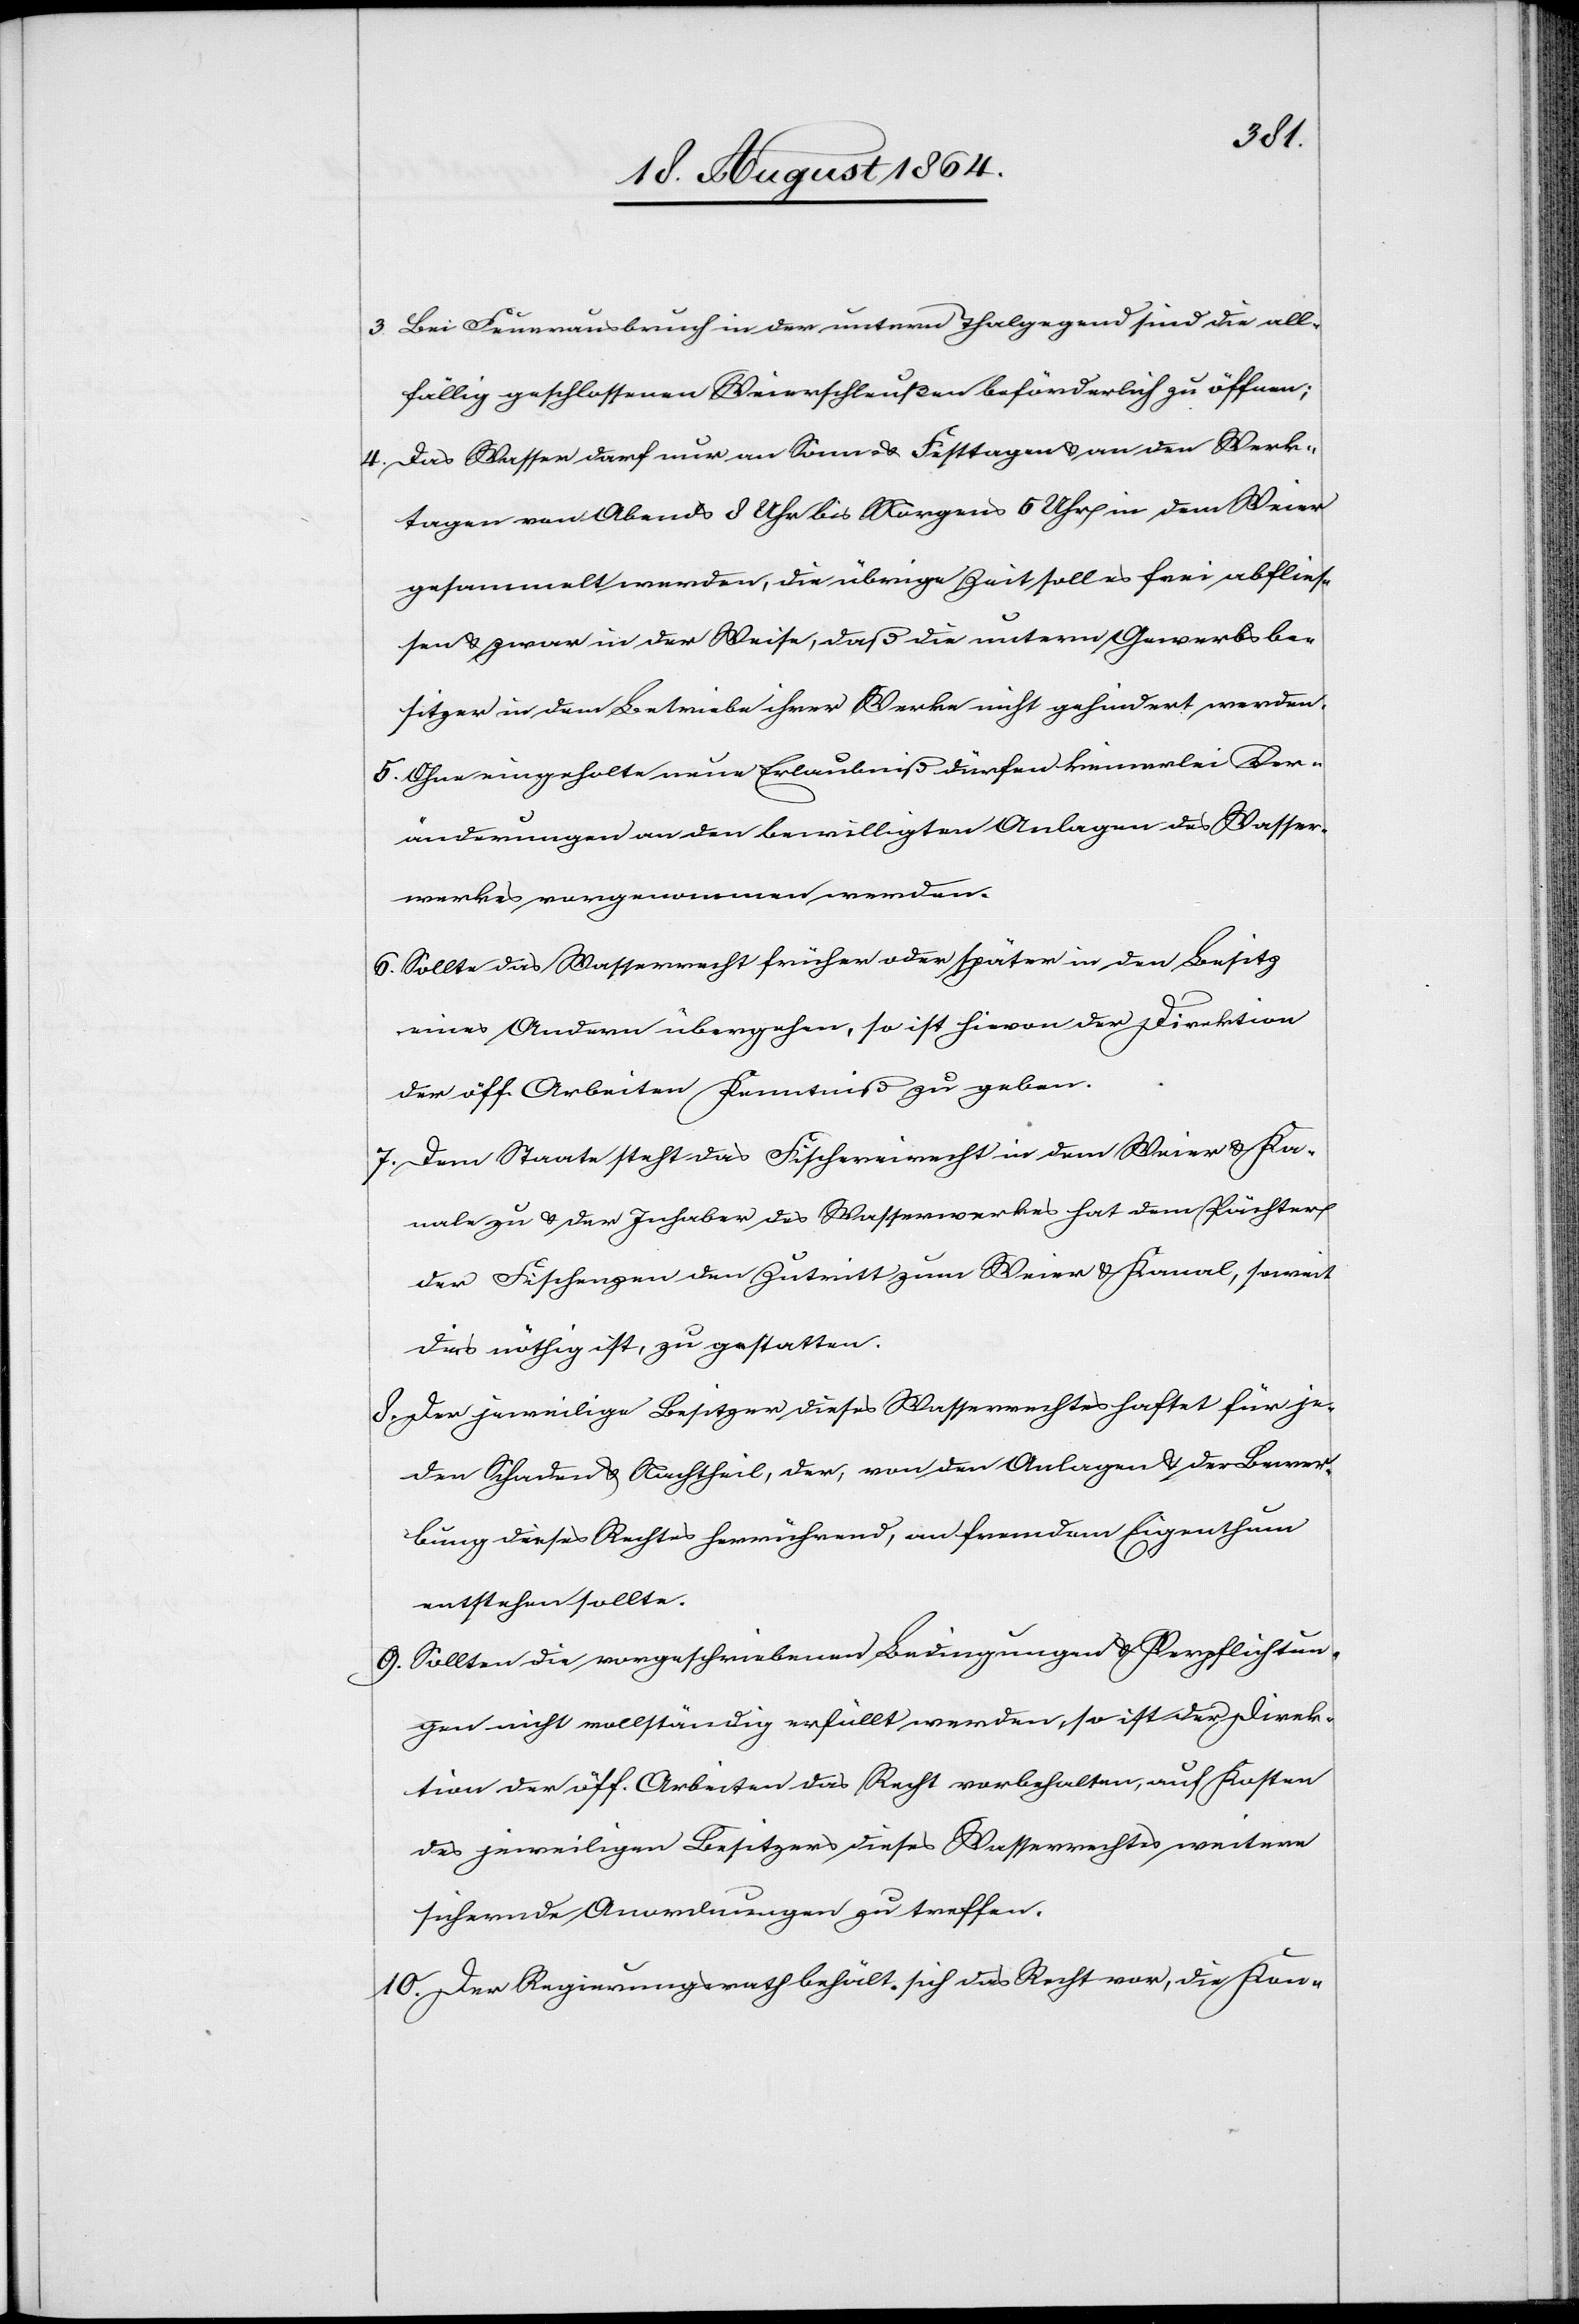
3. 	Bei Feuerausbruch in der untern Thalgegend sind die all¬
fällig geschlossenen Weierschleußen beförderlich zu öffnen;
4. 	Das Wasser darf nur an Sonn- & Festtagen & an den Werk¬
tagen von Abends 8 Uhr bis Morgens 5 Uhr in dem Weier
gesammelt werden, die übrige Zeit soll es frei abflies¬
sen & zwar in der Weise, daß die untern Gewerbsbe¬
sitzer in dem Betriebe ihrer Werke nicht gehindert werden.
5. 	Ohne eingeholte neue Erlaubniß dürfen keinerlei Ver¬
änderungen an den bewilligten Anlagen des Wasser¬
werkes vorgenommen werden.
6.	Sollte das Wasserrecht früher oder später in den Besitz
eines Andern übergehen, so ist hievon der Direktion
der öff. Arbeiten Kenntniß zu geben.
7.	Dem Staate steht das Fischereirecht in dem Weier & Ka¬
nale zu & der Inhaber des Wasserwerkes hat dem Pächter
der Fischenzen den Zutritt zum Weier & Kanal, soweit
das nöthig ist, zu gestatten.
8.	Der jeweilige Besitzer dieses Wasserrechtes haftet für je¬
den Schaden & Nachtheil, der, von den Anlagen & der Bewer¬
bung dieses Rechtes herrührend, an fremdem Eigenthum
entstehen sollte.
9.	Sollten die vorgeschriebenen Bedingungen & Verpflichtun¬
gen nicht vollständig erfüllt werden, so ist der Direk¬
tion der öff. Arbeiten das Recht vorbehalten, auf Kosten
des jeweiligen Besitzers dieses Wasserrechtes weitere
sichernde Anordnungen zu treffen.
10.	Der Regierungsrath behält sich das Recht vor, die Kon-